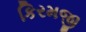
કિરમજી